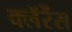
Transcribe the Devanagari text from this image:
क्लॅरेंस